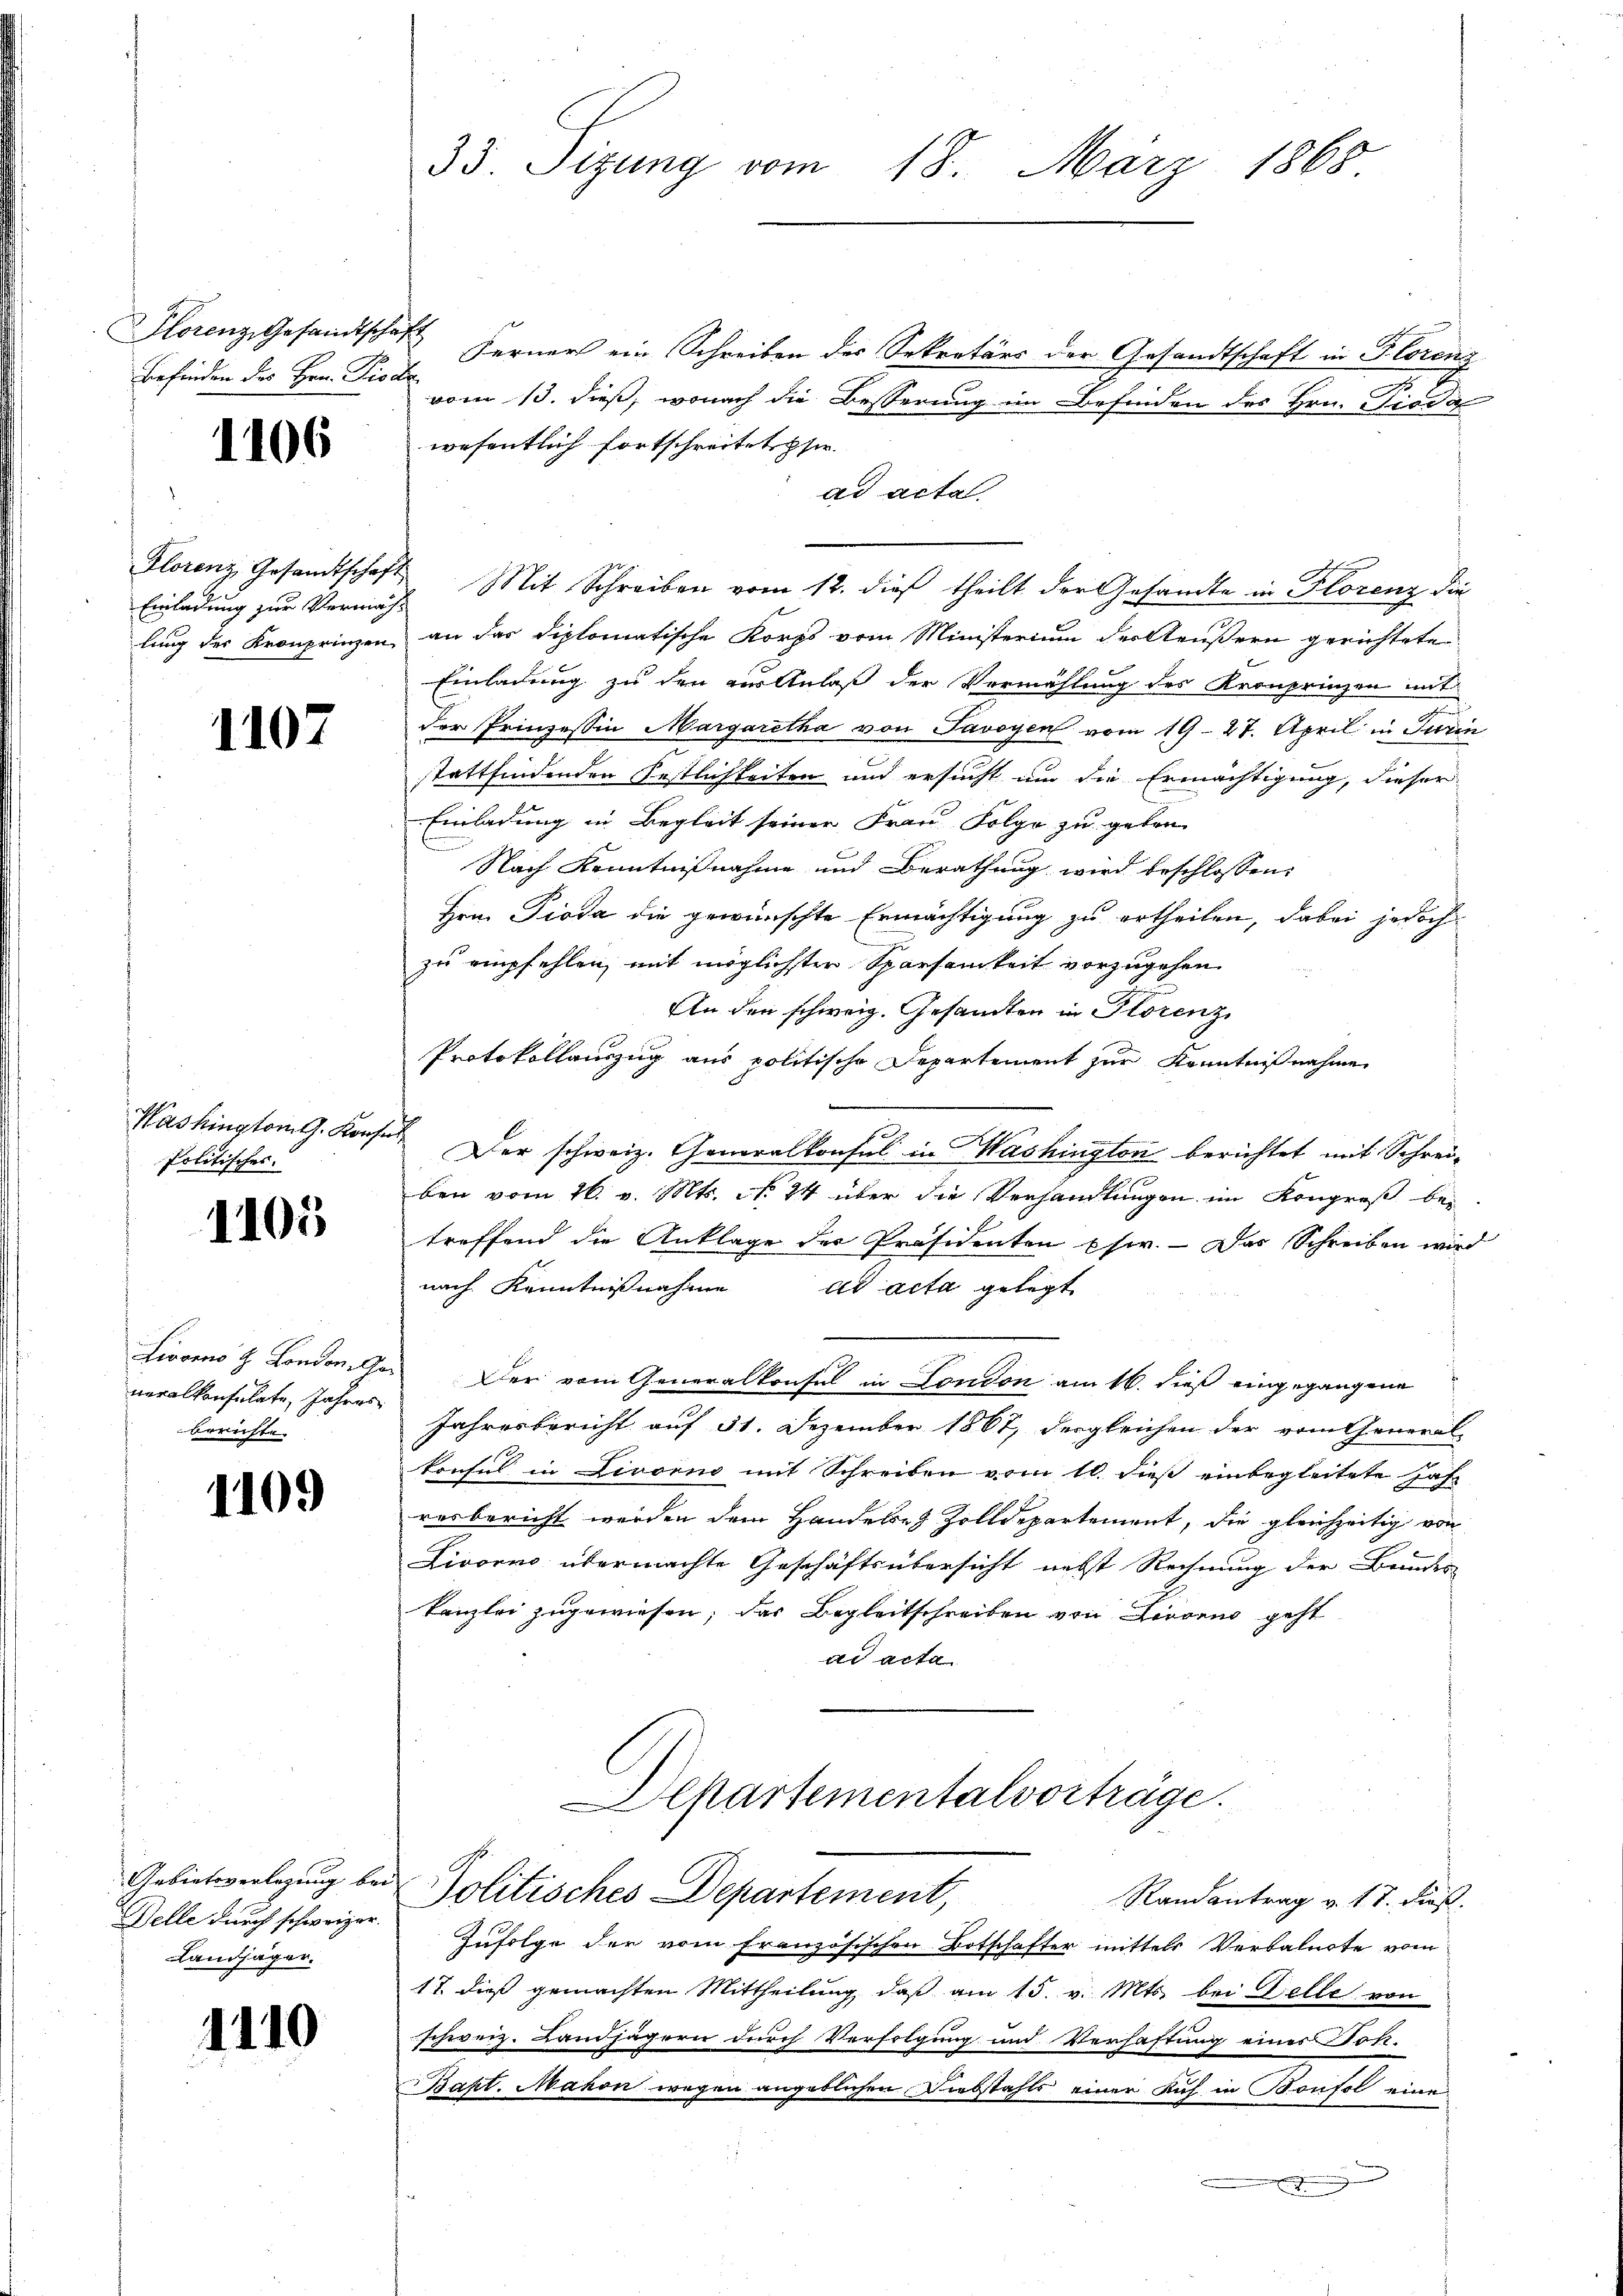
Florenz, Gesandtschaft
Befinden des Hrn. Prode

1106

Einladung zur Vermäch¬

1107

Politisches.

1105

neralkonsulate, Jahres
beruhte.

1109

Belle durch schweizer.
Landjäger

1110

Ferner ein Schreiben der Sekretärs der Gesandtschaft in Florenz
vom 13. dieß, wonach die Besserung im Befinden des Hrn. Piodal
wesentlich fortschreitet sie
ad acta.
Florenz Gesandtschaft Mit Schreiben vom 12. dieß theilt der Gesandte in Florenz die
lung des Kronprinzen, an das diplomatische Korps vom Ministerium der Aeußern gerichtete
Einladung zu den aus Anlaß der Vermählung des Kronprinzen mit
d
der Prinzessin Margaretha von Savoyen vom 19. 27. April in Jurin
stattfindenden Festlichkeiten und ersucht um die Ermächtigung, dieser
Einladung in Begleit seiner Frau Folge zu geben
Nach Kenntnißnahme und Berathung wird beschlossen:
Hrn. Dioda die gewünschte Ermächtigung zu ertheilen, dabei jedoch
zu empfehlen, mit möglichster Sparsamkeit vorzugehen.
An den schweiz. Gesandten in Florenz
Protokollauszug aus politische Departement zur Kenntnißnahme
Washington G. Kons. Der schweiz. Generalkonsul in Mashington berichtet mit Schreiben vom 16. v. Mts. No. 24 über die Verhandlungen im Kongreß bei
treffend die Anklage der Präsidenten Chir. - Das Schreiben wird
nach Kenntnißnahme ad acta gelegt
Livorno d. Londonechs Der vom Generalkonsul in London am 16. dieß eingegangene
Jahresbericht auf 31. Dezember 1867, dergleichen der vom Generalkonsul in Livorno mit Schreiben vom 10. dieß einbegleitete Jahr
resbericht werden dem Handele Zolldepartement, die gleichzeitig von
Livorno übermachte Geschäftsübersicht nebst Rechnung der Brindes
Kanzlei zugewiesen; das Begleitschreiben von Livorno geht
ad acta
Departementalvorträge.

33. Sizung vom 18. März 1865

Gebiete verlegung bei Politisches Departement,
Randantrag v. 17. dieß.

Zufolge der vom französischen Botschafter mittels Verbalnote vom
17. dieß gemachten Mittheilung daß am 15. v. Mts. bei Belle von
schweiz. Landjägern durch Verfolgung und Verhaftung eines Son-
Bapt. Makon wegen angeblichen Diebstahls einer Kuh in Bonfol eine
.